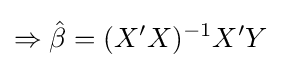
\Rightarrow {\hat {\beta }}=(X'X)^{-1}X'Y